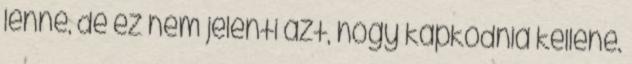
lenne, de ez nem jelenti azt, hogy kapkodnia kellene.